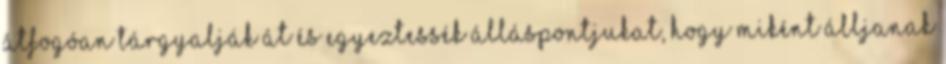
átfogóan tárgyalják át és egyeztessék álláspontjukat, hogy miként álljanak